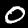
Digit: 0